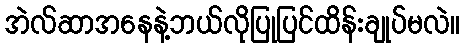
အဲလ်ဆာအနေနဲ့ဘယ်လိုပြုပြင်ထိန်းချုပ်မလဲ။